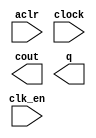
module counter_upto200 (
	aclr,
	clk_en,
	clock,
	cout,
	q);

	input	  aclr;
	input	  clk_en;
	input	  clock;
	output	  cout;
	output	[9:0]  q;

endmodule